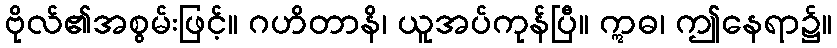
ဗိုလ်၏အစွမ်းဖြင့်။ ဂဟိတာနိ၊ ယူအပ်ကုန်ပြီ။ ဣဓ၊ ဤနေရာ၌။